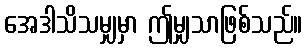
အေဒါသိသမျှမှာ ဤမျှသာဖြစ်သည်။